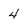
Character: 4